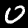
Digit: 0